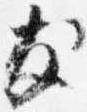
友